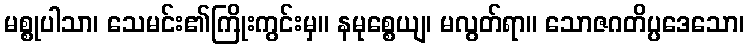
မစ္စုပါသာ၊ သေမင်း၏ကြိုးကွင်းမှ။ နမုစ္စေယျ၊ မလွတ်ရာ။ သောဇဂတိပ္ပဒေသော၊